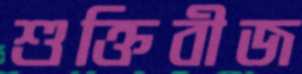
শুক্তিবীজ